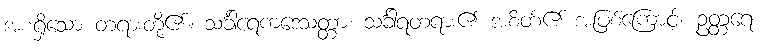
အစရှိသော တရားတို့၏။ သင်္ခါရေကဒေသတ္တာ၊ သင်္ခါရတရား၏ အစိတ်၏ အဖြစ်ကြောင့်။ ဥတ္တရေ